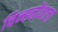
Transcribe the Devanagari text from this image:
चिन्ह्नोंवाला